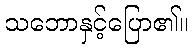
သဘောနှင့်ပြော၏။